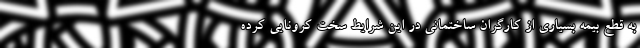
به قطع بیمه بسیاری از کارگران ساختمانی در این شرایط سخت کرونایی کرده